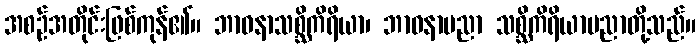
အစဉ်အတိုင်းဖြစ်ကုန်၏။ ဘာဝနာသစ္ဆိကိရိယာ၊ ဘာဝနာပညာ သစ္ဆိကိရိယာပညာတို့သည်။